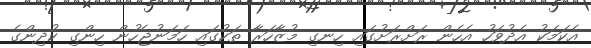
އެކަމަކު އެދުވަހު އެހެން ރަށްރަށުގައި ހިނގި މުޒާހަރާ ތަކުގައި ހަމަނުޖެހުން ހިންގި ކުދިންގެ